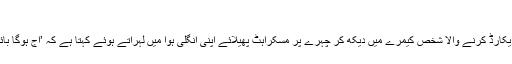
‘
ویڈیو ریکارڈ کرنے والا شخص کیمرے میں دیکھ کر چہرے پر مسکراہٹ پھیلائے اپنی انگلی ہوا میں لہراتے ہوئے کہتا ہے کہ ’آج ہوگا بائی باس!